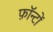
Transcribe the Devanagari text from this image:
फ़ॉन्टों